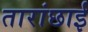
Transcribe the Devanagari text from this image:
तारांछाई